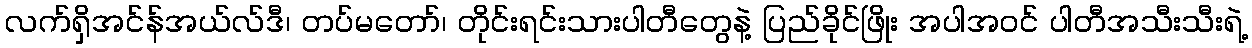
လက်ရှိအင်န်အယ်လ်ဒီ၊ တပ်မတော်၊ တိုင်းရင်းသားပါတီတွေနဲ့ ပြည်ခိုင်ဖြိုး အပါအဝင် ပါတီအသီးသီးရဲ့